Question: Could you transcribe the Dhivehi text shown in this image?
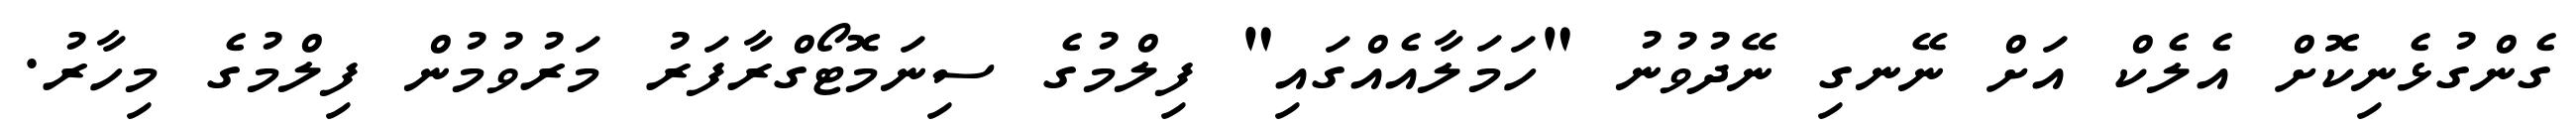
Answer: ގެންގުޅެނިކޮށް އެލެކް އަށް ނޭނގި ނޭދުވުނު "ހަމަލާއެއްގައި" ފިލްމުގެ ސިނަމޮޓޯގްރާފަރު މަރުވުމުން ފިލްމުގެ މިހާރު.